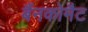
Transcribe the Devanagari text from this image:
बैंनकोमैट